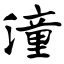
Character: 潼